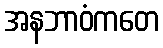
အနဘာဝံကတေ